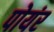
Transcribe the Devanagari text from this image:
पोयंर